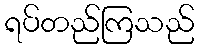
ရပ်တည်ကြသည်